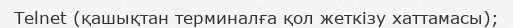
Telnet (қашықтан терминалға қол жеткізу хаттамасы);